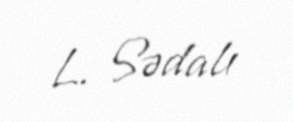
L. Sədalı